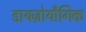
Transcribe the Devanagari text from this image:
डायज़ोयौगिक